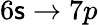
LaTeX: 6\mathsf{s}\rightarrow7p